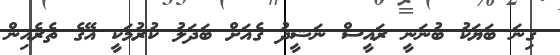
ގިނަ ބަޔަކު ބުނަނީ ރައީސް ނަޝީދު ގެއަށް ބަދަލު ކުރުމަކީ އޭގެ ތެރެއިން